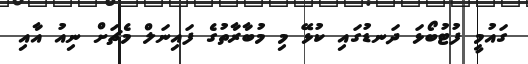
ގައުމީ ފުޓުބޯޅަ ދަނޑުގައި ކުޅޭ މި މުބާރާތުގެ ފައިނަލް މެޗަށް ނިއު އާއި